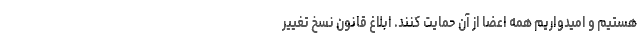
هستیم و امیدواریم همه اعضا از آن حمایت کنند. ابلاغ قانون نسخ تغییر